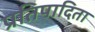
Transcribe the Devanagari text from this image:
प्रतिपादिता